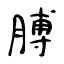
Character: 膊